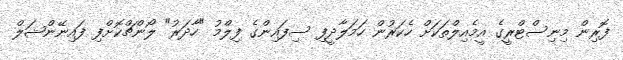
ފޮރިން މިނިސްޓްރީގެ އީމެއިލްތަކަށް ހެކަރުން ހަމަލާދީފި ސިފައިންގެ ފިލްމު "ހާދަރު" ލޯންޗްކޮށްފި ފައިނޭންޝަލް